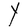
Character: Y